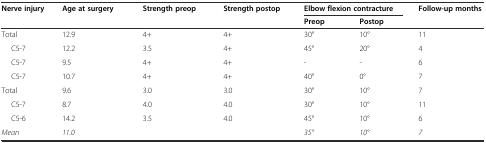
<table><thead><tr><td rowspan="2"><b>Nerve injury</b></td><td rowspan="2"><b>Age at surgery</b></td><td rowspan="2"><b>Strength preop</b></td><td rowspan="2"><b>Strength postop</b></td><td colspan="2"><b>Elbow flexion contracture</b></td><td rowspan="2"><b>Follow-up months</b></td></tr><tr><td><b>Preop</b></td><td><b>Postop</b></td></tr></thead><tbody><tr><td>Total</td><td>12.9</td><td>4+</td><td>4+</td><td>30°</td><td>10°</td><td>11</td></tr><tr><td>C5-7</td><td>12.2</td><td>3.5</td><td>4+</td><td>45°</td><td>20°</td><td>4</td></tr><tr><td>C5-7</td><td>9.5</td><td>4+</td><td>4+</td><td>-</td><td>-</td><td>6</td></tr><tr><td>C5-7</td><td>10.7</td><td>4+</td><td>4+</td><td>40°</td><td>0°</td><td>7</td></tr><tr><td>Total</td><td>9.6</td><td>3.0</td><td>3.0</td><td>30°</td><td>10°</td><td>7</td></tr><tr><td>C5-7</td><td>8.7</td><td>4.0</td><td>4.0</td><td>30°</td><td>10°</td><td>11</td></tr><tr><td>C5-6</td><td>14.2</td><td>3.5</td><td>4.0</td><td>45°</td><td>10°</td><td>6</td></tr><tr><td><i>Mean</i></td><td><i>11.0</i></td><td></td><td></td><td><i>35°</i></td><td><i>10°</i></td><td><i>7</i></td></tr></tbody></table>